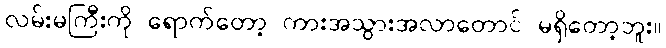
လမ်းမကြီးကို ရောက်တော့ ကားအသွားအလာတောင် မရှိတော့ဘူး။